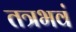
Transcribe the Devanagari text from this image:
तत्रभवं